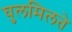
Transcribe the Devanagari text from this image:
घुलमिलते